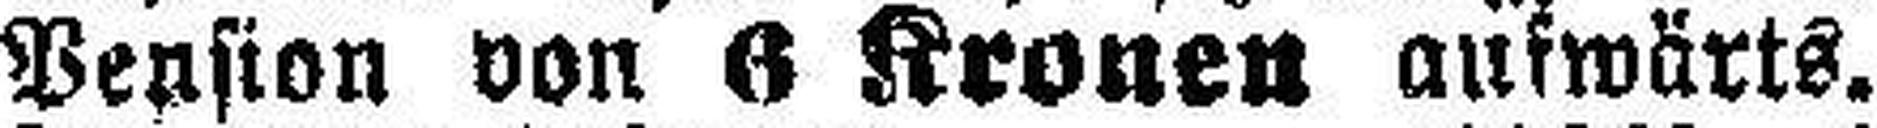
Pension von 6 Kronen auswärts.